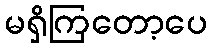
မရှိကြတော့ပေ